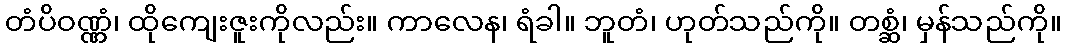
တံပိဝဏ္ဏံ၊ ထိုကျေးဇူးကိုလည်း။ ကာလေန၊ ရံခါ။ ဘူတံ၊ ဟုတ်သည်ကို။ တစ္ဆံ၊ မှန်သည်ကို။